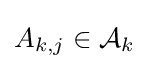
A_{k,j}\in {\mathcal {A}}_{k}